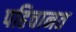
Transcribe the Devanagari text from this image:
पहिचानत